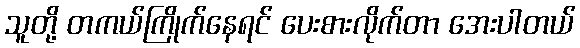
သူတို့ တကယ်ကြိုက်နေရင် ပေးစားလိုက်တာ အေးပါတယ်